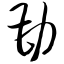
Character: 勘